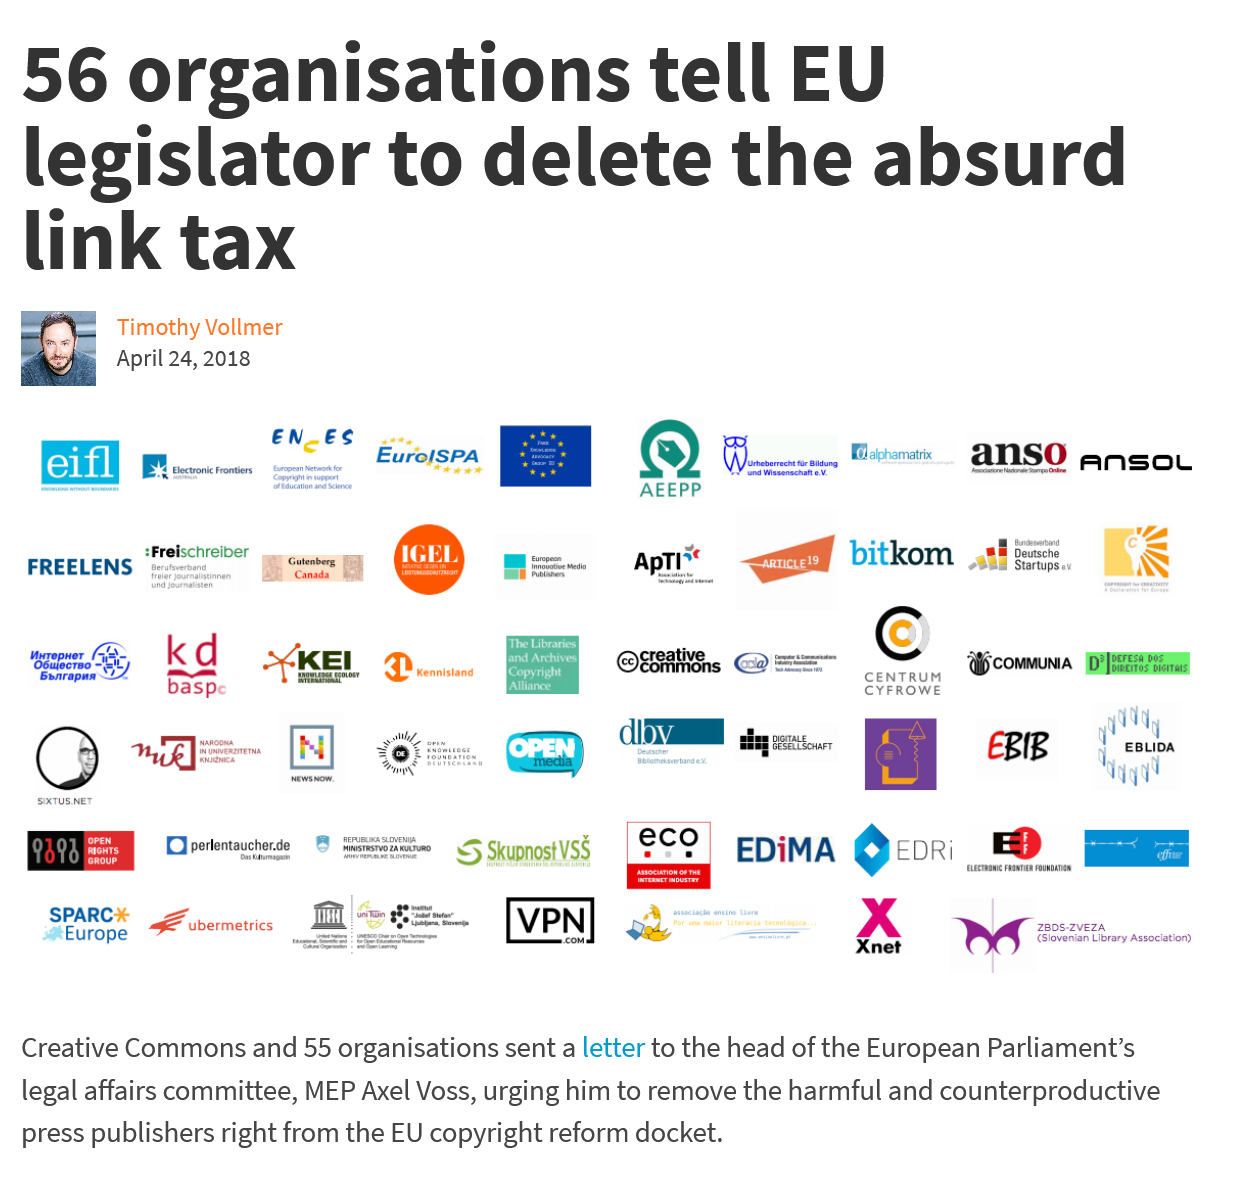
56    organisations    tell    EU
  legislator    to    delete    the    absurd
  link    tax
  Creative Commons and 55 organisations sent a letter to the head of the European Parliament’s
  legal affairs committee, MEP Axel Voss, urging him to remove the harmful and counterproductive
  press publishers right from the EU copyright reform docket.
  FREELENS
     OB:
    SPARC
     Europe
     as
     F  vbermetrics
     Dperlentaucher.de
     MH
     :Freischreiber

     Gutenberg
     of KEL
     eh
     EurelsPa
     VPN
     S Skupnostss eco
     AEEPP
     Apri
     creative
     Commons
     diva
     Xnet
     ZB0S-ZVEZA
     Giovenian Library Association)
     EDiMA
     SEiSouer
     Cc
     CENTRUM
     CYFROWE
     Weommuna
     ‘i al Startups
     ov
     kom
     ans    ANSOL
     a" Ty
     y
     EBLIDA
     Vagal
     Timothy Vollmer
     April 24, 2018